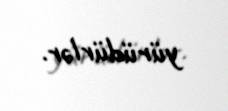
yürüdürlər.